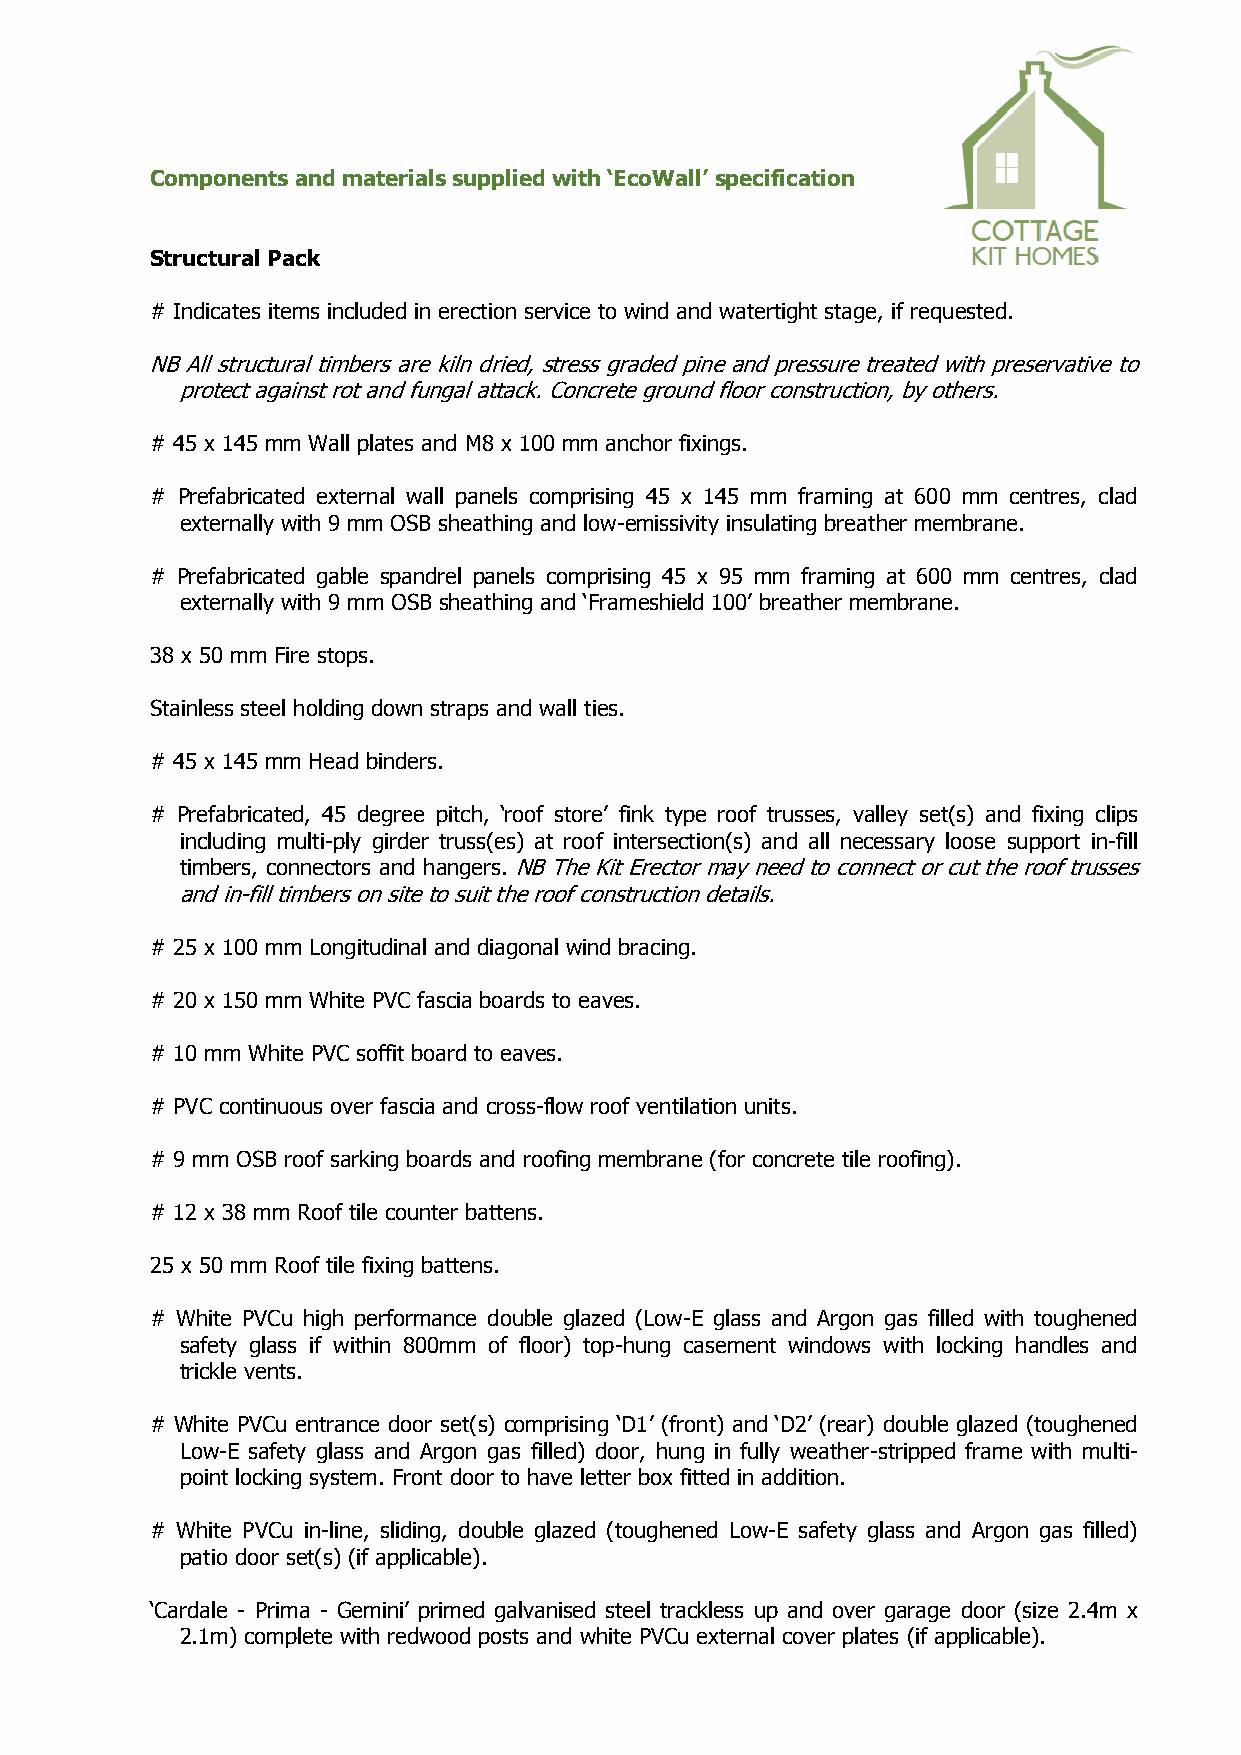
Components and materials supplied with ‘EcoWall’ specification
 Structural Pack
 # Indicates items included in erection service to wind and watertight stage, if requested.
 NB All structural timbers are kiln dried, stress graded pine and pressure treated with preservative to
 protect against rot and fungal attack. Concrete ground floor construction, by others.
 # 45 x 145 mm Wall plates and M8 x 100 mm anchor fixings.
 # Prefabricated external wall panels comprising 45 x 145 mm framing at 600 mm centres, clad
 externally with 9 mm OSB sheathing and low-emissivity insulating breather membrane.
 # Prefabricated gable spandrel panels comprising 45 x 95 mm framing at 600 mm centres, clad
 externally with 9 mm OSB sheathing and ‘Frameshield 100’ breather membrane.
 38 x 50 mm Fire stops.
 Stainless steel holding down straps and wall ties.
 # 45 x 145 mm Head binders.
 # Prefabricated, 45 degree pitch, ‘roof store’ fink type roof trusses, valley set(s) and fixing clips
 including multi-ply girder truss(es) at roof intersection(s) and all necessary loose support in-fill
 timbers, connectors and hangers. NB The Kit Erector may need to connect or cut the roof trusses
 and in-fill timbers on site to suit the roof construction details.
 # 25 x 100 mm Longitudinal and diagonal wind bracing.
 # 20 x 150 mm White PVC fascia boards to eaves.
 # 10 mm White PVC soffit board to eaves.
 # PVC continuous over fascia and cross-flow roof ventilation units.
 # 9 mm OSB roof sarking boards and roofing membrane (for concrete tile roofing).
 # 12 x 38 mm Roof tile counter battens.
 25 x 50 mm Roof tile fixing battens.
 # White PVCu high performance double glazed (Low-E glass and Argon gas filled with toughened
 safety glass if within 800mm of floor) top-hung casement windows with locking handles and
 trickle vents.
 # White PVCu entrance door set(s) comprising ‘D1’ (front) and ‘D2’ (rear) double glazed (toughened
 Low-E safety glass and Argon gas filled) door, hung in fully weather-stripped frame with multi-
 point locking system. Front door to have letter box fitted in addition.
 # White PVCu in-line, sliding, double glazed (toughened Low-E safety glass and Argon gas filled)
 patio door set(s) (if applicable).
 ‘Cardale - Prima - Gemini’ primed galvanised steel trackless up and over garage door (size 2.4m x
 2.1m) complete with redwood posts and white PVCu external cover plates (if applicable).